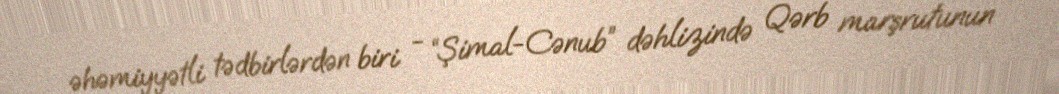
əhəmiyyətli tədbirlərdən biri - “Şimal-Cənub” dəhlizində Qərb marşrutunun